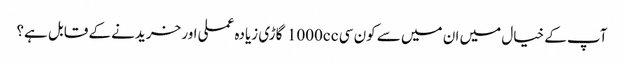
آپ کے خیال میں ان میں سے کون سی 1000cc گاڑی زیادہ عملی اور خریدنے کے قابل ہے؟